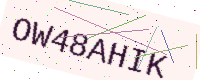
Text: OW48AHIK